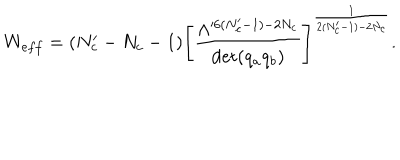
LaTeX: W _ { e f f } = ( N _ { c } ^ { \prime } - N _ { c } - 1 ) \left[ \frac { \Lambda ^ { \prime 6 ( N _ { c } ^ { \prime } - 1 ) - 2 N _ { c } } } { \det ( q _ { a } q _ { b } ) } \right] ^ { \frac { 1 } { 2 ( N _ { c } ^ { \prime } - 1 ) - 2 N _ { c } } } .